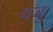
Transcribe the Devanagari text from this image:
वजू